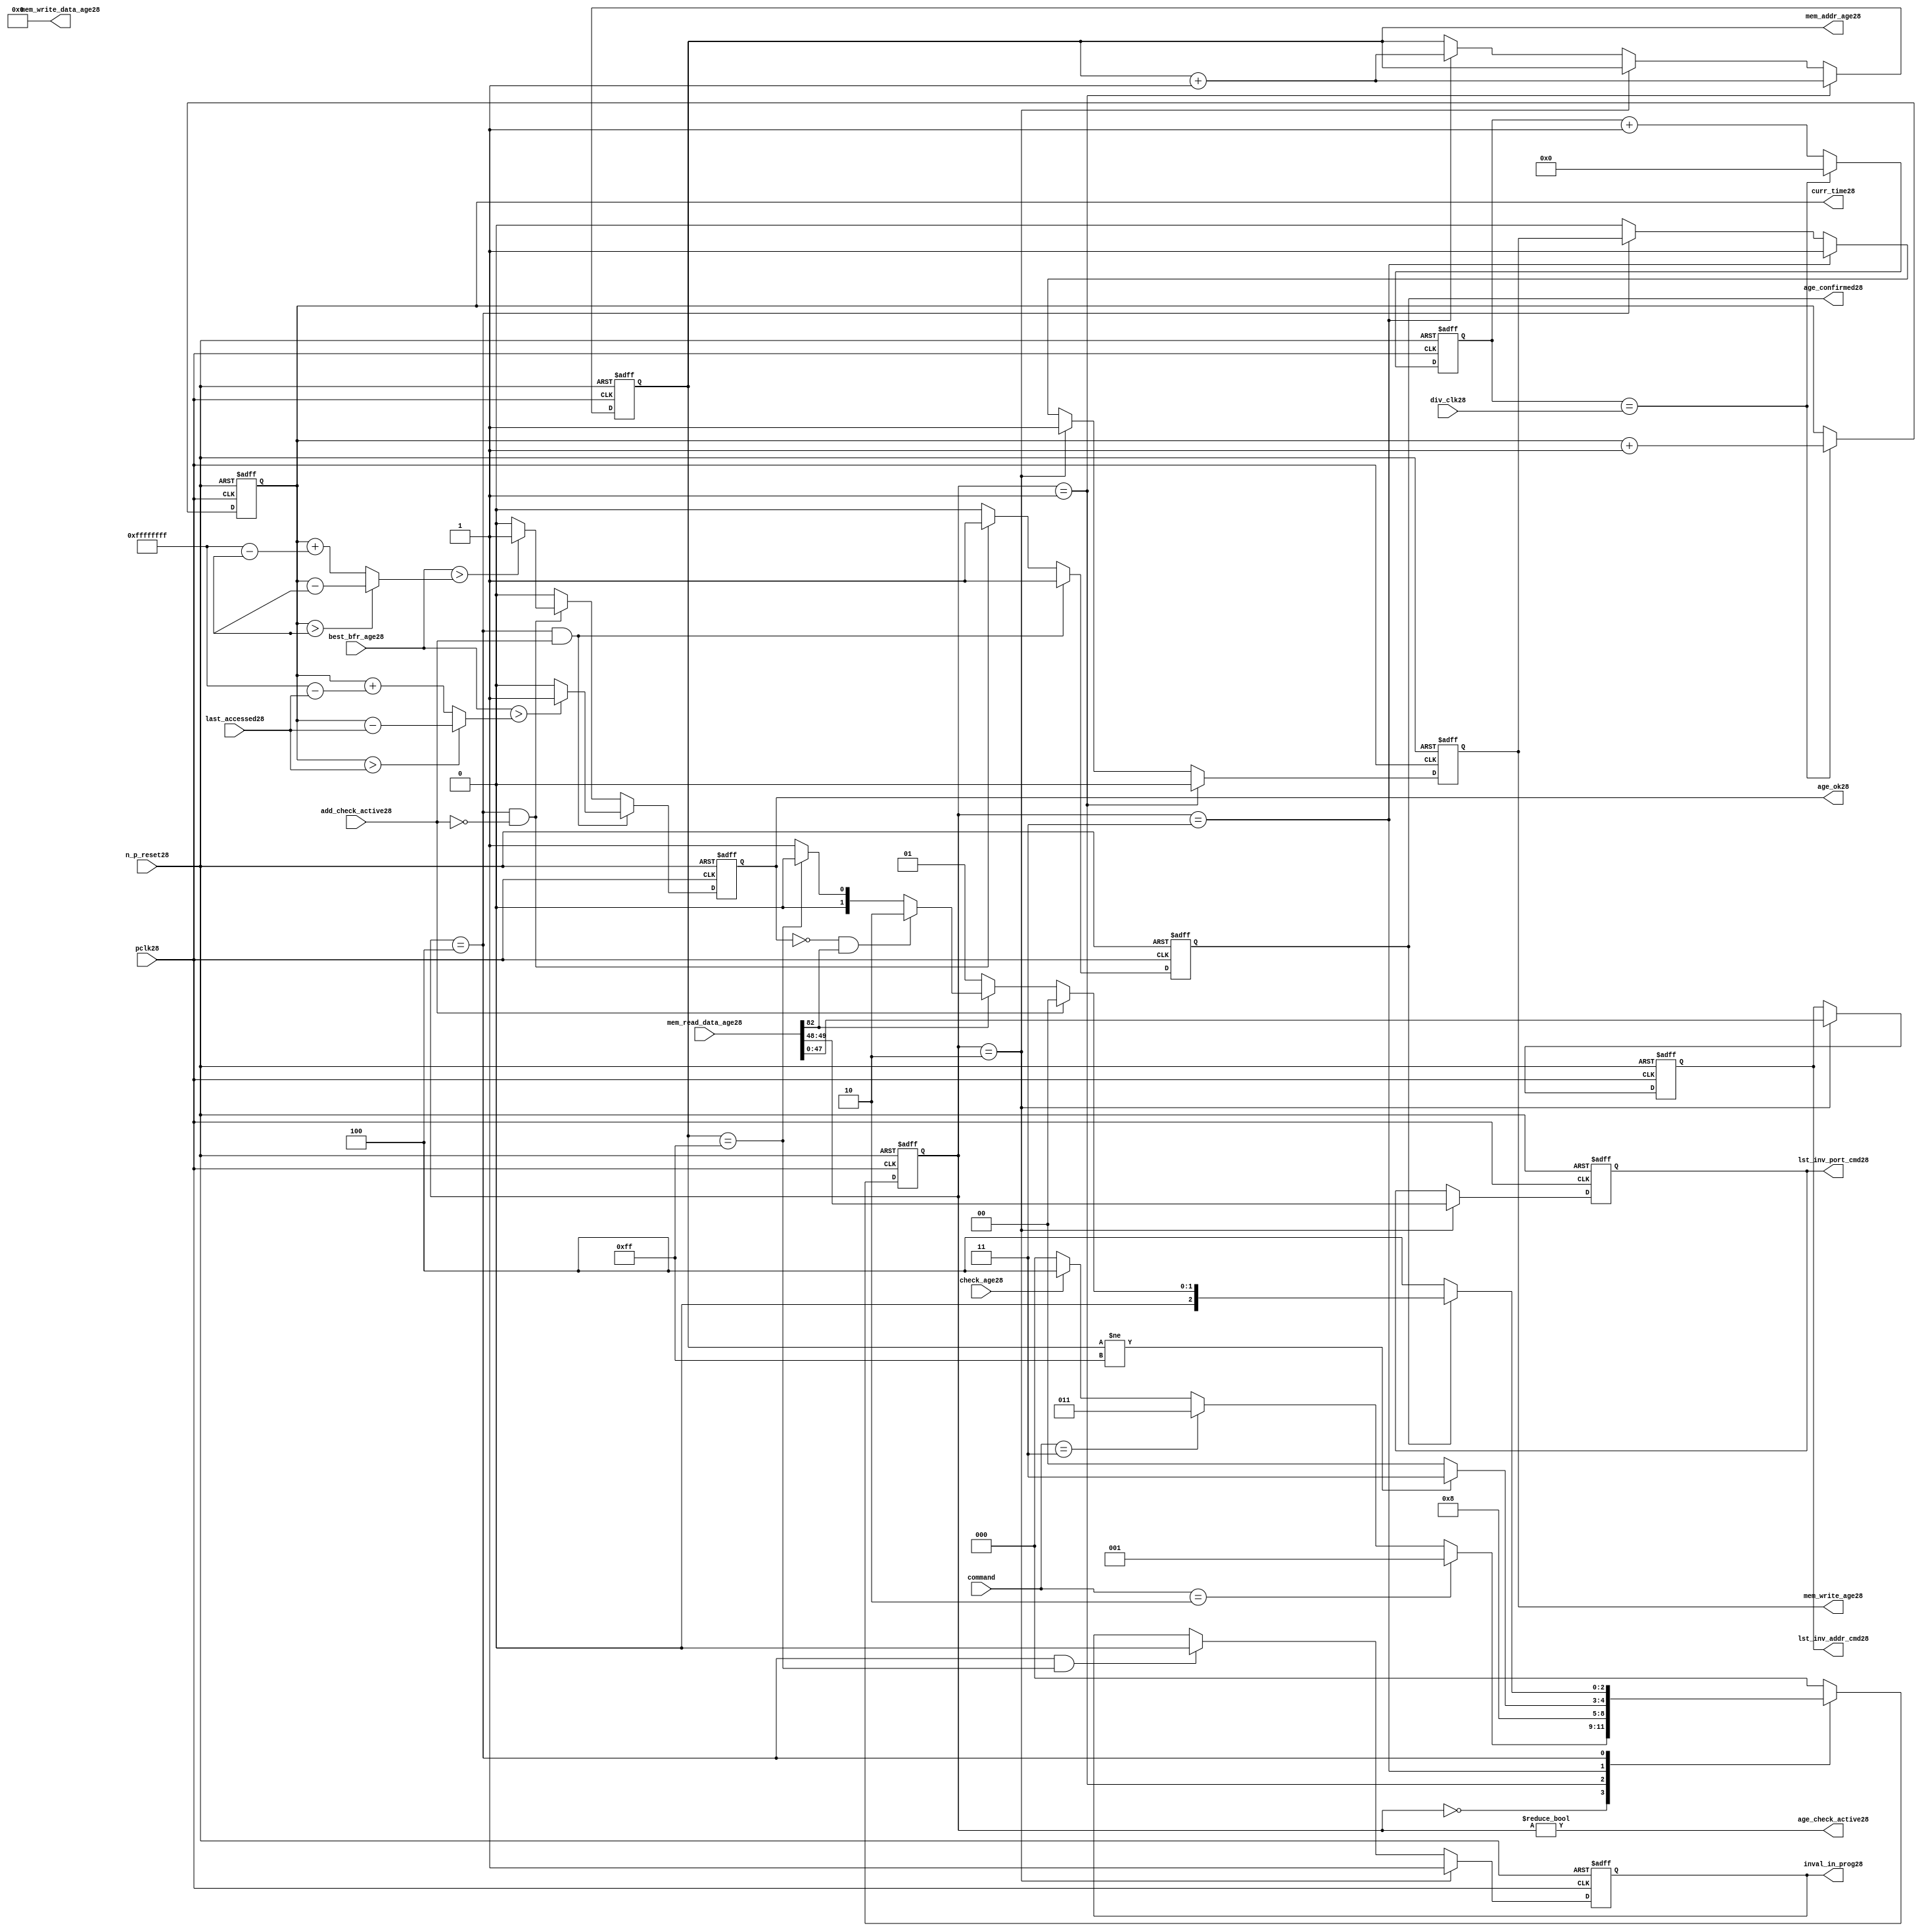
//File28 name   : alut_age_checker28.v
//Title28       : 
//Created28     : 1999
//Description28 : 
//Notes28       : 
//----------------------------------------------------------------------
//   Copyright28 1999-2010 Cadence28 Design28 Systems28, Inc28.
//   All Rights28 Reserved28 Worldwide28
//
//   Licensed28 under the Apache28 License28, Version28 2.0 (the
//   "License28"); you may not use this file except28 in
//   compliance28 with the License28.  You may obtain28 a copy of
//   the License28 at
//
//       http28://www28.apache28.org28/licenses28/LICENSE28-2.0
//
//   Unless28 required28 by applicable28 law28 or agreed28 to in
//   writing, software28 distributed28 under the License28 is
//   distributed28 on an "AS28 IS28" BASIS28, WITHOUT28 WARRANTIES28 OR28
//   CONDITIONS28 OF28 ANY28 KIND28, either28 express28 or implied28.  See
//   the License28 for the specific28 language28 governing28
//   permissions28 and limitations28 under the License28.
//----------------------------------------------------------------------

module alut_age_checker28
(   
   // Inputs28
   pclk28,
   n_p_reset28,
   command,          
   div_clk28,          
   mem_read_data_age28,
   check_age28,        
   last_accessed28, 
   best_bfr_age28,   
   add_check_active28,

   // outputs28
   curr_time28,         
   mem_addr_age28,      
   mem_write_age28,     
   mem_write_data_age28,
   lst_inv_addr_cmd28,    
   lst_inv_port_cmd28,  
   age_confirmed28,     
   age_ok28,
   inval_in_prog28,  
   age_check_active28          
);   

   input               pclk28;               // APB28 clock28                           
   input               n_p_reset28;          // Reset28                               
   input [1:0]         command;            // command bus                        
   input [7:0]         div_clk28;            // clock28 divider28 value
   input [82:0]        mem_read_data_age28;  // read data from memory             
   input               check_age28;          // request flag28 for age28 check
   input [31:0]        last_accessed28;      // time field sent28 for age28 check
   input [31:0]        best_bfr_age28;       // best28 before age28
   input               add_check_active28;   // active flag28 from address checker

   output [31:0]       curr_time28;          // current time,for storing28 in mem    
   output [7:0]        mem_addr_age28;       // address for R/W28 to memory     
   output              mem_write_age28;      // R/W28 flag28 (write = high28)            
   output [82:0]       mem_write_data_age28; // write data for memory             
   output [47:0]       lst_inv_addr_cmd28;   // last invalidated28 addr normal28 op    
   output [1:0]        lst_inv_port_cmd28;   // last invalidated28 port normal28 op    
   output              age_confirmed28;      // validates28 age_ok28 result 
   output              age_ok28;             // age28 checker result - set means28 in-date28
   output              inval_in_prog28;      // invalidation28 in progress28
   output              age_check_active28;   // bit 0 of status register           

   reg  [2:0]          age_chk_state28;      // age28 checker FSM28 current state
   reg  [2:0]          nxt_age_chk_state28;  // age28 checker FSM28 next state
   reg  [7:0]          mem_addr_age28;     
   reg                 mem_write_age28;    
   reg                 inval_in_prog28;      // invalidation28 in progress28
   reg  [7:0]          clk_div_cnt28;        // clock28 divider28 counter
   reg  [31:0]         curr_time28;          // current time,for storing28 in mem  
   reg                 age_confirmed28;      // validates28 age_ok28 result 
   reg                 age_ok28;             // age28 checker result - set means28 in-date28
   reg [47:0]          lst_inv_addr_cmd28;   // last invalidated28 addr normal28 op    
   reg [1:0]           lst_inv_port_cmd28;   // last invalidated28 port normal28 op    

   wire  [82:0]        mem_write_data_age28;
   wire  [31:0]        last_accessed_age28;  // read back time by age28 checker
   wire  [31:0]        time_since_lst_acc_age28;  // time since28 last accessed age28
   wire  [31:0]        time_since_lst_acc28; // time since28 last accessed address
   wire                age_check_active28;   // bit 0 of status register           

// Parameters28 for Address Checking28 FSM28 states28
   parameter idle28           = 3'b000;
   parameter inval_aged_rd28  = 3'b001;
   parameter inval_aged_wr28  = 3'b010;
   parameter inval_all28      = 3'b011;
   parameter age_chk28        = 3'b100;

   parameter max_addr       = 8'hff;
   parameter max_cnt28        = 32'hffff_ffff;

// -----------------------------------------------------------------------------
//   Generate28 current time counter
// -----------------------------------------------------------------------------
always @ (posedge pclk28 or negedge n_p_reset28)
   begin
   if (~n_p_reset28)
      clk_div_cnt28 <= 8'd0;
   else if (clk_div_cnt28 == div_clk28)
      clk_div_cnt28 <= 8'd0; 
   else 
      clk_div_cnt28 <= clk_div_cnt28 + 1'd1;
   end


always @ (posedge pclk28 or negedge n_p_reset28)
   begin
   if (~n_p_reset28)
      curr_time28 <= 32'd0;
   else if (clk_div_cnt28 == div_clk28)
      curr_time28 <= curr_time28 + 1'd1;
   end


// -----------------------------------------------------------------------------
//   Age28 checker State28 Machine28 
// -----------------------------------------------------------------------------
always @ (command or check_age28 or age_chk_state28 or age_confirmed28 or age_ok28 or
          mem_addr_age28 or mem_read_data_age28[82])
   begin
      case (age_chk_state28)
      
      idle28:
         if (command == 2'b10)
            nxt_age_chk_state28 = inval_aged_rd28;
         else if (command == 2'b11)
            nxt_age_chk_state28 = inval_all28;
         else if (check_age28)
            nxt_age_chk_state28 = age_chk28;
         else
            nxt_age_chk_state28 = idle28;

      inval_aged_rd28:
            nxt_age_chk_state28 = age_chk28;

      inval_aged_wr28:
            nxt_age_chk_state28 = idle28;

      inval_all28:
         if (mem_addr_age28 != max_addr)
            nxt_age_chk_state28 = inval_all28;  // move28 onto28 next address
         else
            nxt_age_chk_state28 = idle28;

      age_chk28:
         if (age_confirmed28)
            begin
            if (add_check_active28)                     // age28 check for addr chkr28
               nxt_age_chk_state28 = idle28;
            else if (~mem_read_data_age28[82])      // invalid, check next location28
               nxt_age_chk_state28 = inval_aged_rd28; 
            else if (~age_ok28 & mem_read_data_age28[82]) // out of date28, clear 
               nxt_age_chk_state28 = inval_aged_wr28;
            else if (mem_addr_age28 == max_addr)    // full check completed
               nxt_age_chk_state28 = idle28;     
            else 
               nxt_age_chk_state28 = inval_aged_rd28; // age28 ok, check next location28 
            end       
         else
            nxt_age_chk_state28 = age_chk28;

      default:
            nxt_age_chk_state28 = idle28;
      endcase
   end



always @ (posedge pclk28 or negedge n_p_reset28)
   begin
   if (~n_p_reset28)
      age_chk_state28 <= idle28;
   else
      age_chk_state28 <= nxt_age_chk_state28;
   end


// -----------------------------------------------------------------------------
//   Generate28 memory RW bus for accessing array when requested28 to invalidate28 all
//   aged28 addresses28 and all addresses28.
// -----------------------------------------------------------------------------
always @ (posedge pclk28 or negedge n_p_reset28)
   begin
   if (~n_p_reset28)
   begin
      mem_addr_age28 <= 8'd0;     
      mem_write_age28 <= 1'd0;    
   end
   else if (age_chk_state28 == inval_aged_rd28)  // invalidate28 aged28 read
   begin
      mem_addr_age28 <= mem_addr_age28 + 1'd1;     
      mem_write_age28 <= 1'd0;    
   end
   else if (age_chk_state28 == inval_aged_wr28)  // invalidate28 aged28 read
   begin
      mem_addr_age28 <= mem_addr_age28;     
      mem_write_age28 <= 1'd1;    
   end
   else if (age_chk_state28 == inval_all28)  // invalidate28 all
   begin
      mem_addr_age28 <= mem_addr_age28 + 1'd1;     
      mem_write_age28 <= 1'd1;    
   end
   else if (age_chk_state28 == age_chk28)
   begin
      mem_addr_age28 <= mem_addr_age28;     
      mem_write_age28 <= mem_write_age28;    
   end
   else 
   begin
      mem_addr_age28 <= mem_addr_age28;     
      mem_write_age28 <= 1'd0;    
   end
   end

// age28 checker will only ever28 write zero values to ALUT28 mem
assign mem_write_data_age28 = 83'd0;



// -----------------------------------------------------------------------------
//   Generate28 invalidate28 in progress28 flag28 (bit 1 of status register)
// -----------------------------------------------------------------------------
always @ (posedge pclk28 or negedge n_p_reset28)
   begin
   if (~n_p_reset28)
      inval_in_prog28 <= 1'd0;
   else if (age_chk_state28 == inval_aged_wr28) 
      inval_in_prog28 <= 1'd1;
   else if ((age_chk_state28 == age_chk28) & (mem_addr_age28 == max_addr))
      inval_in_prog28 <= 1'd0;
   else
      inval_in_prog28 <= inval_in_prog28;
   end


// -----------------------------------------------------------------------------
//   Calculate28 whether28 data is still in date28.  Need28 to work28 out the real time
//   gap28 between current time and last accessed.  If28 this gap28 is greater than
//   the best28 before age28, then28 the data is out of date28. 
// -----------------------------------------------------------------------------
assign time_since_lst_acc28 = (curr_time28 > last_accessed28) ? 
                            (curr_time28 - last_accessed28) :  // no cnt wrapping28
                            (curr_time28 + (max_cnt28 - last_accessed28));

assign time_since_lst_acc_age28 = (curr_time28 > last_accessed_age28) ? 
                                (curr_time28 - last_accessed_age28) : // no wrapping28
                                (curr_time28 + (max_cnt28 - last_accessed_age28));


always @ (posedge pclk28 or negedge n_p_reset28)
   begin
   if (~n_p_reset28)
      begin
      age_ok28 <= 1'b0;
      age_confirmed28 <= 1'b0;
      end
   else if ((age_chk_state28 == age_chk28) & add_check_active28) 
      begin                                       // age28 checking for addr chkr28
      if (best_bfr_age28 > time_since_lst_acc28)      // still in date28
         begin
         age_ok28 <= 1'b1;
         age_confirmed28 <= 1'b1;
         end
      else   // out of date28
         begin
         age_ok28 <= 1'b0;
         age_confirmed28 <= 1'b1;
         end
      end
   else if ((age_chk_state28 == age_chk28) & ~add_check_active28)
      begin                                      // age28 checking for inval28 aged28
      if (best_bfr_age28 > time_since_lst_acc_age28) // still in date28
         begin
         age_ok28 <= 1'b1;
         age_confirmed28 <= 1'b1;
         end
      else   // out of date28
         begin
         age_ok28 <= 1'b0;
         age_confirmed28 <= 1'b1;
         end
      end
   else
      begin
      age_ok28 <= 1'b0;
      age_confirmed28 <= 1'b0;
      end
   end



// -----------------------------------------------------------------------------
//   Generate28 last address and port that was cleared28 in the invalid aged28 process
// -----------------------------------------------------------------------------
always @ (posedge pclk28 or negedge n_p_reset28)
   begin
   if (~n_p_reset28)
      begin
      lst_inv_addr_cmd28 <= 48'd0;
      lst_inv_port_cmd28 <= 2'd0;
      end
   else if (age_chk_state28 == inval_aged_wr28)
      begin
      lst_inv_addr_cmd28 <= mem_read_data_age28[47:0];
      lst_inv_port_cmd28 <= mem_read_data_age28[49:48];
      end
   else 
      begin
      lst_inv_addr_cmd28 <= lst_inv_addr_cmd28;
      lst_inv_port_cmd28 <= lst_inv_port_cmd28;
      end
   end


// -----------------------------------------------------------------------------
//   Set active bit of status, decoded28 off28 age_chk_state28
// -----------------------------------------------------------------------------
assign age_check_active28 = (age_chk_state28 != 3'b000);

endmodule